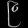
Digit: ၉